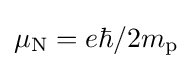
\mu _{\text{N}}=e\hbar /2m_{\text{p}}